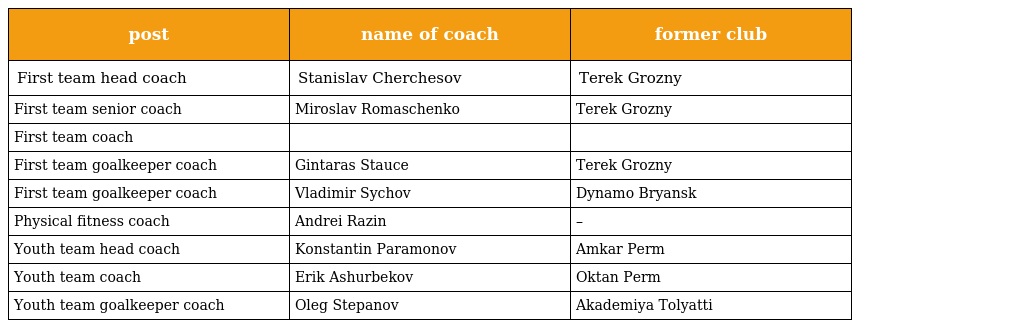
| post | name of coach | former club |
 | --- | --- | --- |
 | First team head coach | Stanislav Cherchesov | Terek Grozny |
 | First team senior coach | Miroslav Romaschenko | Terek Grozny |
 | First team coach |  |  |
 | First team goalkeeper coach | Gintaras Stauce | Terek Grozny |
 | First team goalkeeper coach | Vladimir Sychov | Dynamo Bryansk |
 | Physical fitness coach | Andrei Razin | – |
 | Youth team head coach | Konstantin Paramonov | Amkar Perm |
 | Youth team coach | Erik Ashurbekov | Oktan Perm |
 | Youth team goalkeeper coach | Oleg Stepanov | Akademiya Tolyatti |